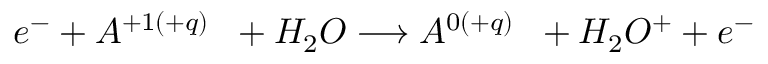
e ^ { - } + A ^ { + 1 ( + q ) } \; \; + H _ { 2 } O \longrightarrow A ^ { 0 ( + q ) } \; \; + H _ { 2 } O ^ { + } + e ^ { - }